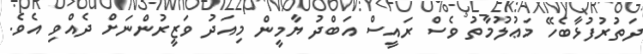
ދަތުރުފުޅާބެހޭ މަޢުލޫމާތު ވެސް ރައީސް އަބްދު ޔާމީން މިއަދު ވަޒީރުންނަށް ދެއްވި އެވެ.